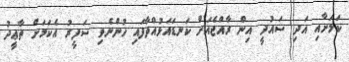
ކަމަށާއި އަދި ސައުދީ އިން ރާއްޖެއަށް ކަނޑައަޅުއްވާފައި ހުންނެވި ސަފީރު އެކަމަށް ތާޢީދު